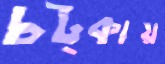
চট্‌কায়